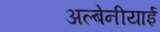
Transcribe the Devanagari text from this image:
अल्बेनीयाई